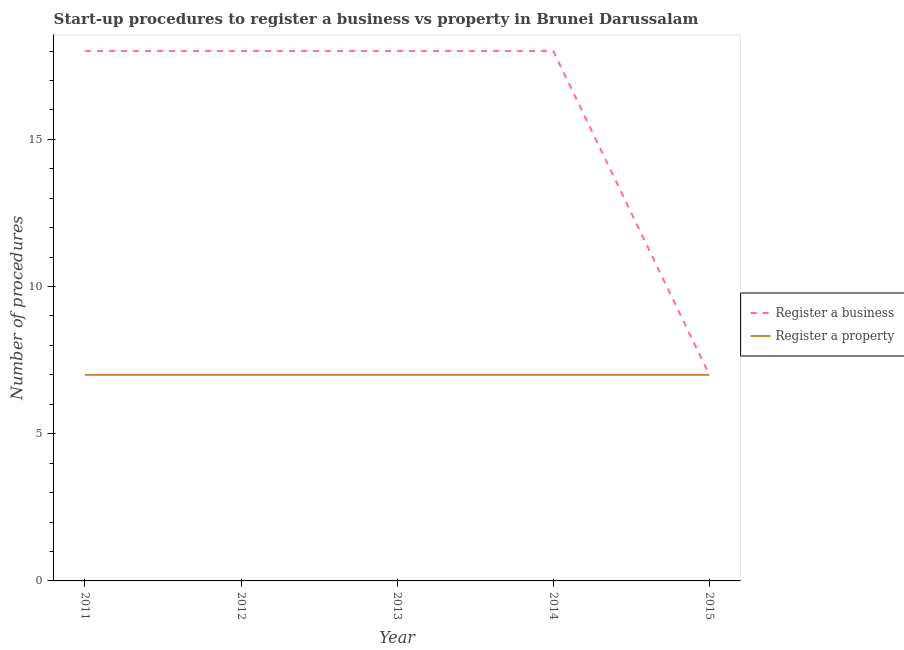
| Year | Register a business | Register a property |
 | --- | --- | --- |
 | 2011 | 18 | 7 |
 | 2012 | 18 | 7 |
 | 2013 | 18 | 7 |
 | 2014 | 18 | 7 |
 | 2015 | 7 | 7 |